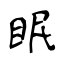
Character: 眠